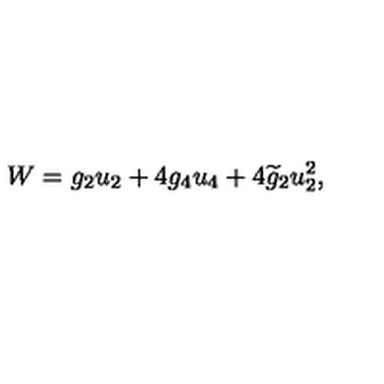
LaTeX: W = g _ { 2 } u _ { 2 } + 4 g _ { 4 } u _ { 4 } + 4 \widetilde { g } _ { 2 } u _ { 2 } ^ { 2 } ,